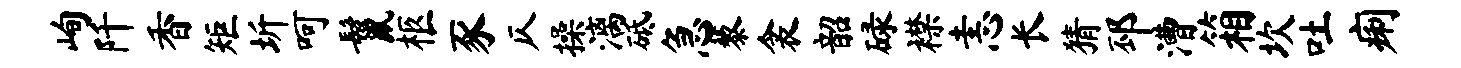
峋阡香矩圻呵鬣柩豕仄操漓砥急藜衾韶碌襟恚长猜邳漕箱坎吐痢